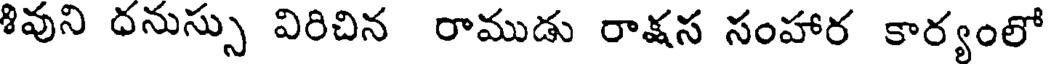
శివుని ధనుస్సు విరిచిన రాముడు రాక్షస సంహార కార్యంలో